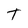
Character: T